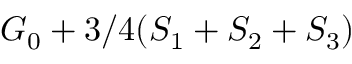
G _ { 0 } + 3 / 4 ( S _ { 1 } + S _ { 2 } + S _ { 3 } )